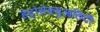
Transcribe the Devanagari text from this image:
हेट्रोसेक्सुआलिटी